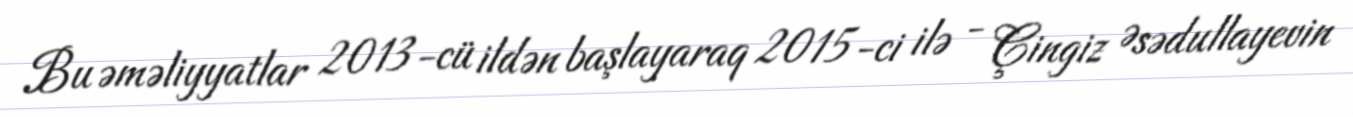
Bu əməliyyatlar 2013-cü ildən başlayaraq 2015-ci ilə - Çingiz Əsədullayevin